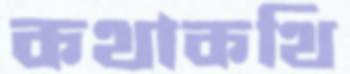
কথাকথি